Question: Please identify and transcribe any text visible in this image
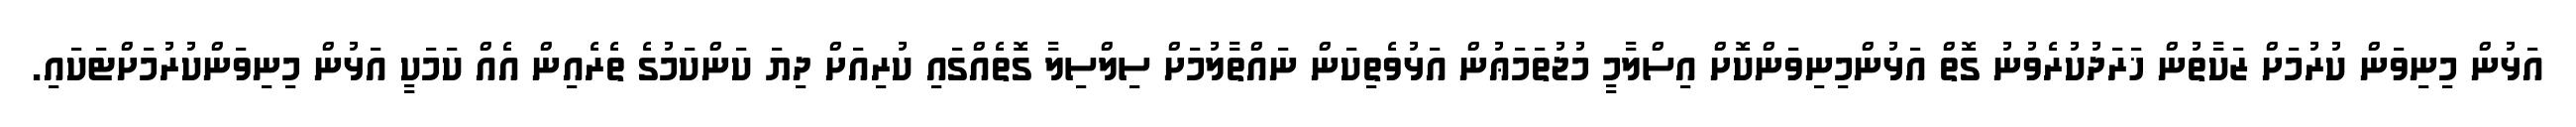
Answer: އަޅުން މިނިވަން ކުރުމަށް ޒަކާތުން ޚަރަދުކުރެވުނު ގޮތް އަޅުންމިނިވަންކޮށް އިސްލާމީ މުޖުތަމަޢުން އަޅުވެތިކަން ނައްތާލުމަށް ސިލްސިލާ ގޮތެއްގައި ކުރިއަށް ދިޔަ ކަންކަމުގެ ތެރެއިން އެއް ކަމަކީ އަޅުން މިނިވަންކުރުމަށްޓަކައި.